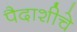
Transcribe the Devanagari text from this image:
पैदाशीचे